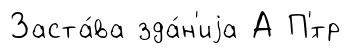
Заста́ва зда́н'иjа А П'́тр